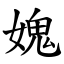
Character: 媿